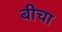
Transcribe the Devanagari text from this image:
बीचा